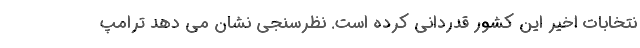
نتخابات اخیر این کشور قدردانی کرده است. نظرسنجی نشان می دهد ترامپ